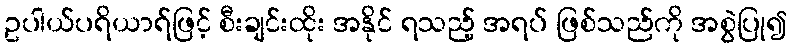
ဥပါယ်ပရိယာရ်ဖြင့် စီးချင်းထိုး အနိုင် ရသည့် အရပ် ဖြစ်သည်ကို အစွဲပြု၍